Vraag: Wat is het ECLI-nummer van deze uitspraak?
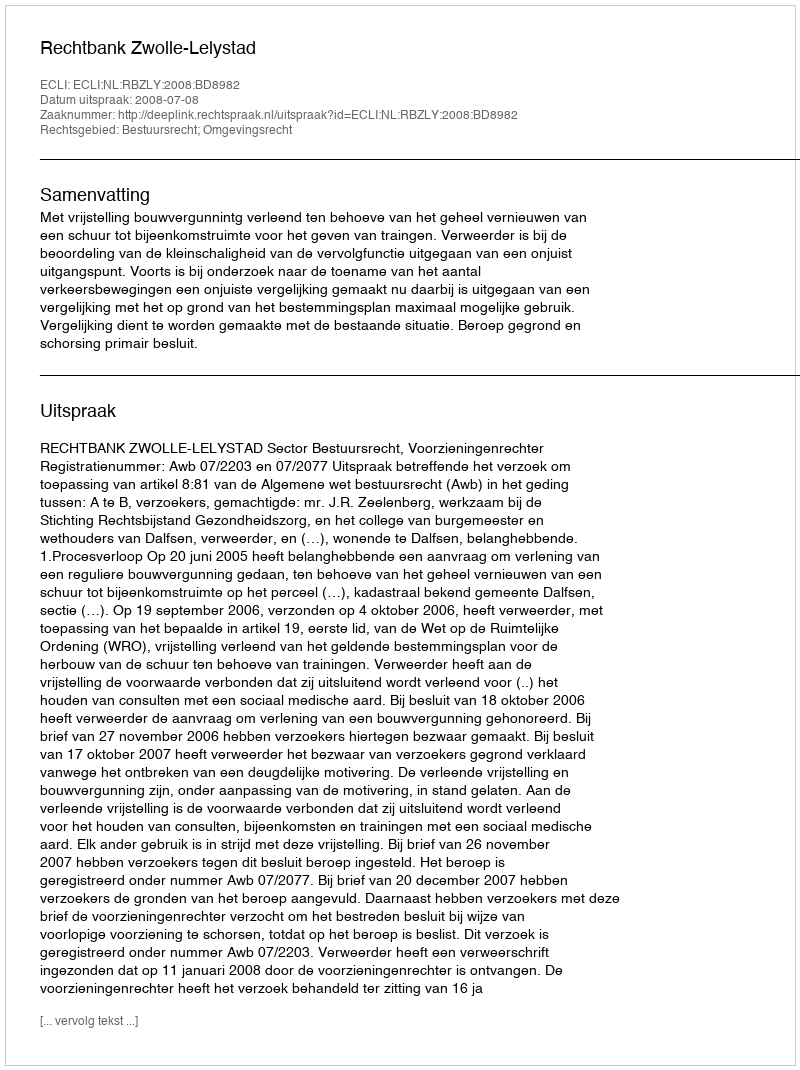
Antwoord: ECLI:NL:RBZLY:2008:BD8982